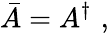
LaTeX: \bar{A}=A^{\dagger}\, \, ,